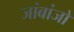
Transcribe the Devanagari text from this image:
जांबांजो